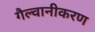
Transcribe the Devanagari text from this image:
गैल्वानीकरण